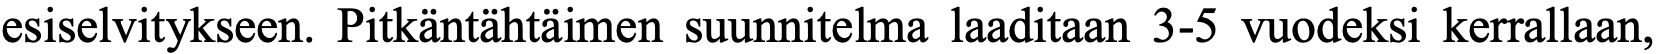
esiselvitykseen. Pitkäntähtäimen suunnitelma laaditaan 3-5 vuodeksi kerrallaan,